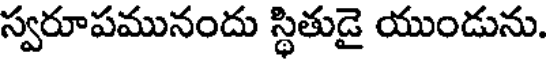
స్వరూపమునందు స్థితుడై యుండును.